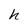
Character: h